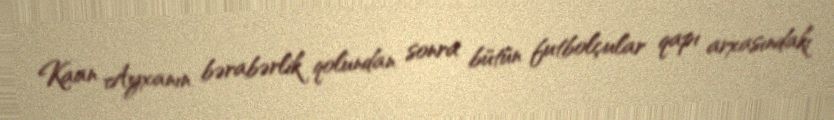
Kaan Ayxanın bərabərlik qolundan sonra bütün futbolçular qapı arxasındakı